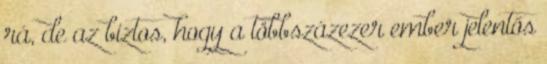
rá, de az biztos, hogy a többszázezer ember jelentős